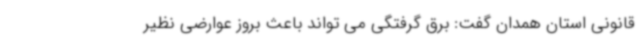
قانونی استان همدان گفت: برق گرفتگی می تواند باعث بروز عوارضی نظیر